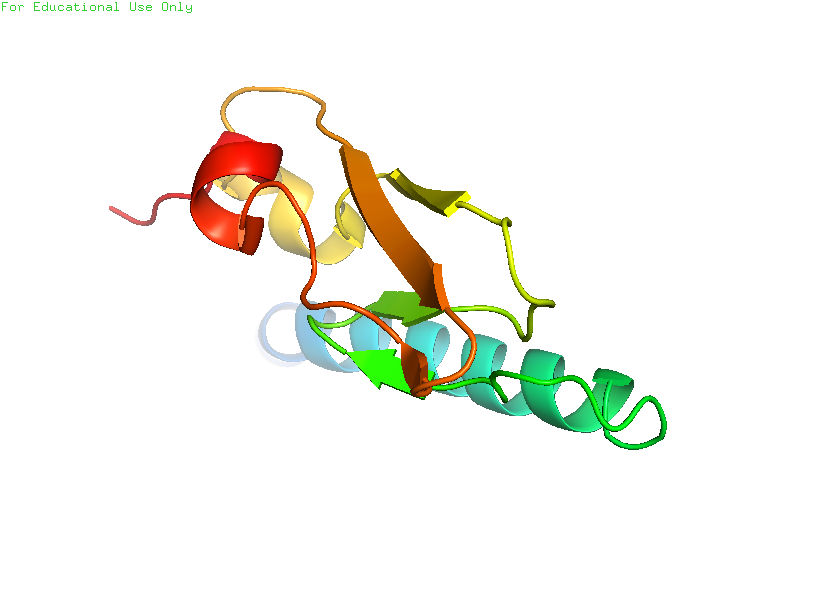
pymol, preset, ligand_cartoon